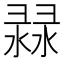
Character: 𢑨